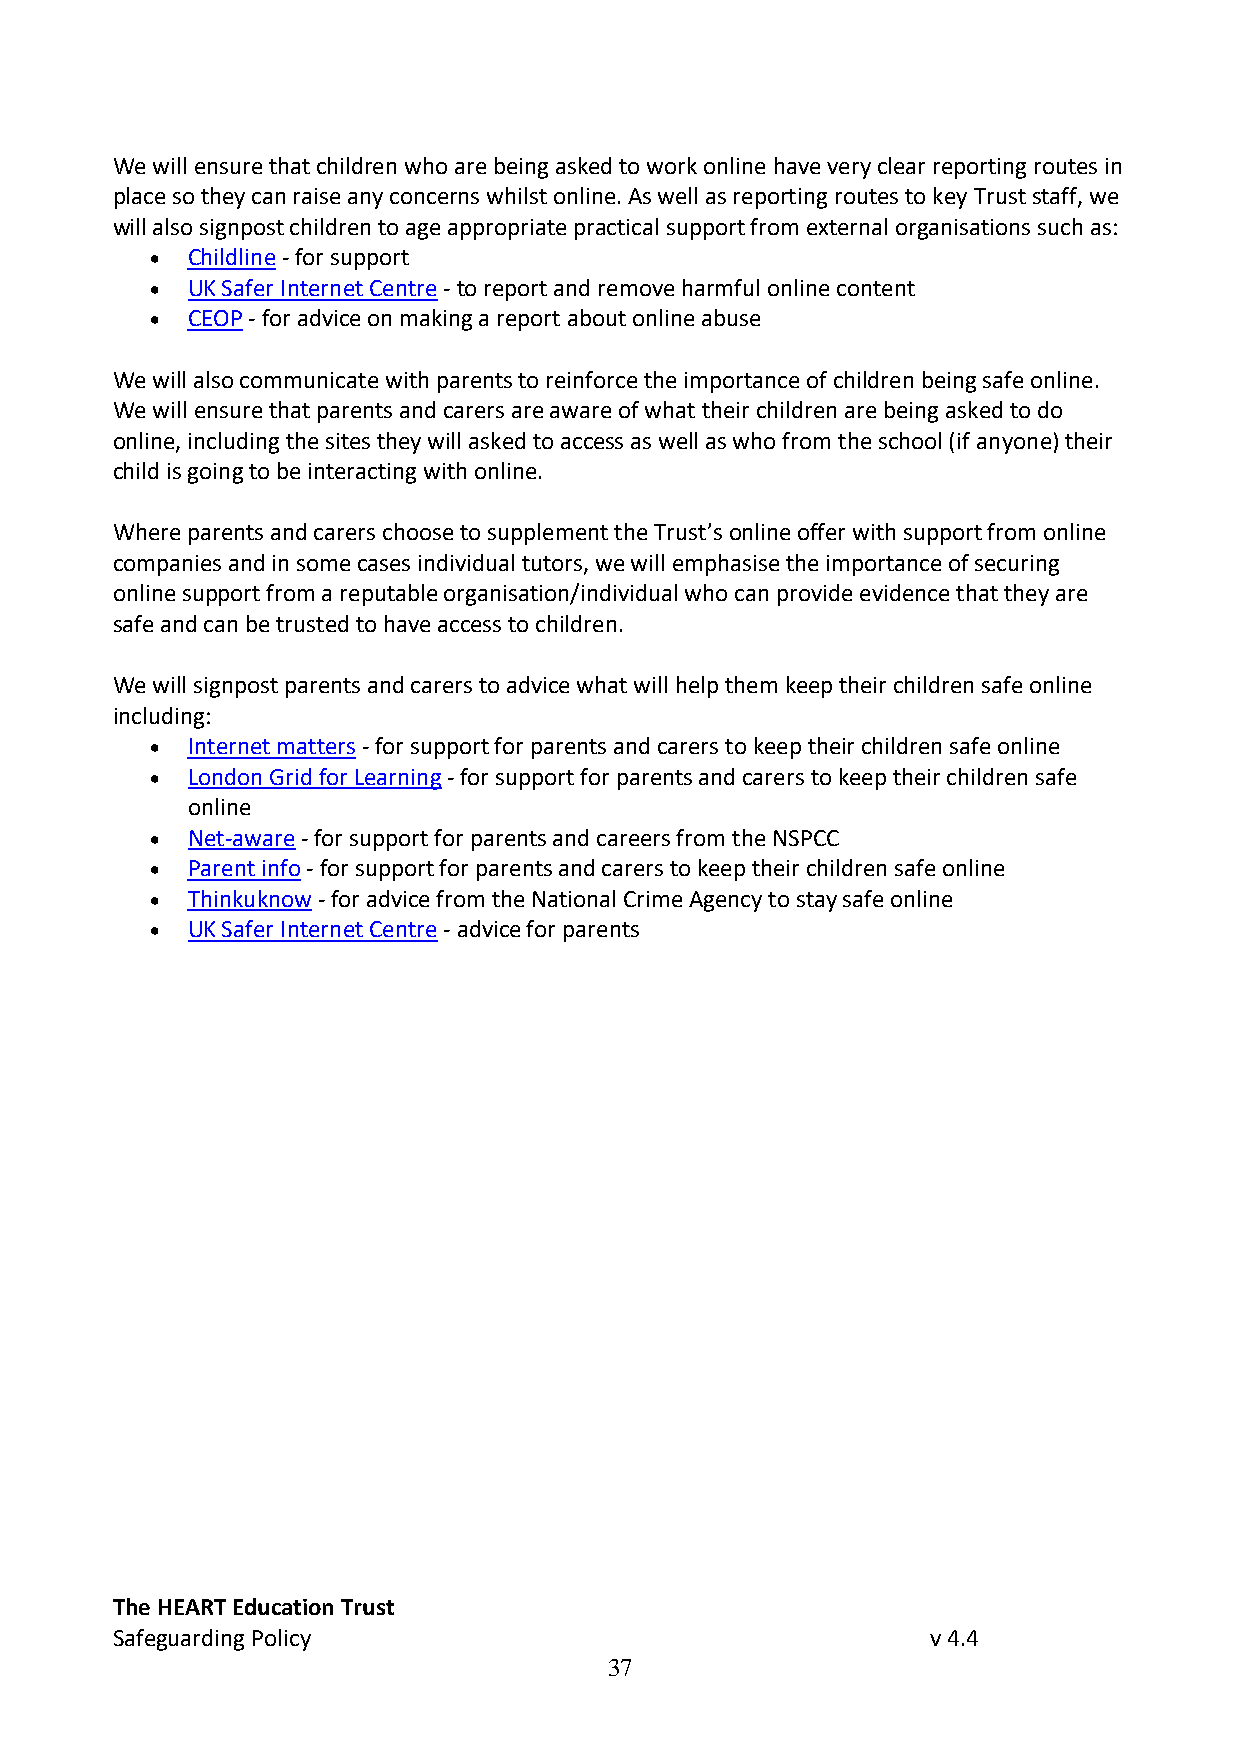
We will ensure that children who are being asked to work online have very clear reporting routes in
 place so they can raise any concerns whilst online. As well as reporting routes to key Trust staff, we
 will also signpost children to age appropriate practical support from external organisations such as:
 • Childline - for support
 • UK Safer Internet Centre - to report and remove harmful online content
 • CEOP - for advice on making a report about online abuse
 We will also communicate with parents to reinforce the importance of children being safe online.
 We will ensure that parents and carers are aware of what their children are being asked to do
 online, including the sites they will asked to access as well as who from the school (if anyone) their
 child is going to be interacting with online.
 Where parents and carers choose to supplement the Trust’s online offer with support from online
 companies and in some cases individual tutors, we will emphasise the importance of securing
 online support from a reputable organisation/individual who can provide evidence that they are
 safe and can be trusted to have access to children.
 We will signpost parents and carers to advice what will help them keep their children safe online
 including:
 • Internet matters - for support for parents and carers to keep their children safe online
 • London Grid for Learning - for support for parents and carers to keep their children safe
 online
 • Net-aware - for support for parents and careers from the NSPCC
 • Parent info - for support for parents and carers to keep their children safe online
 • Thinkuknow - for advice from the National Crime Agency to stay safe online
 • UK Safer Internet Centre - advice for parents
 The HEART Education Trust
 Safeguarding Policy                                    v 4.4
 37